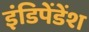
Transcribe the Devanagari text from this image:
इंडिपेंडेंश